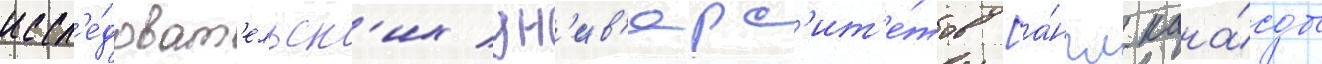
иссл'е́доват'ельск'их ун'ив'ерс'ит'е́тов [а́нгл. кана́ды